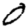
Digit: 0